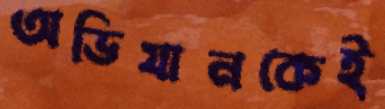
অভিযানকেই